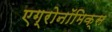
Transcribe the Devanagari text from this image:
एग्रोनॉमिक्स